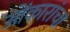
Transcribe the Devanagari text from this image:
ओंकारांचा